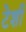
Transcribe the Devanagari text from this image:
टेशी